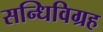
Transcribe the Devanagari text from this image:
सन्धिविग्रह